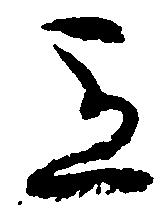
立